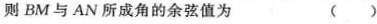
则BM与AN所成角的余弦值为()